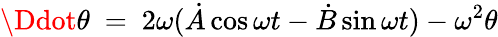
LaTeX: \Ddot{\theta}\ =\ 2\omega(\dot{A}\cos\omega t-\dot{B}\sin\omega t)-\omega^{2}\theta